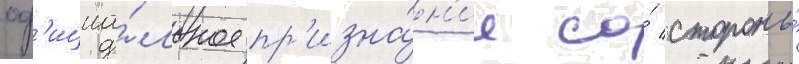
оф'ициа́льное пр'изна́н'ие со́ стороны́